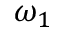
\omega _ { 1 }